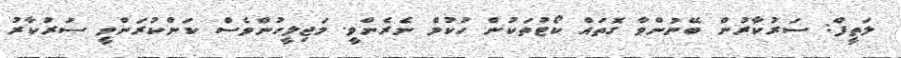
ލަތީފް: ސަރުކާރުން ބޭނުންވާ ގޮތައް ކޯޓުތަކުން ހުކުމް ނެރެންވީ. މަޖިލީހުންވެސް ކަންކުރަންވީ ސަރުކާރު